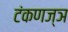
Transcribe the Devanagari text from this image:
टंकणज्ञ